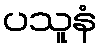
ပသူနံ